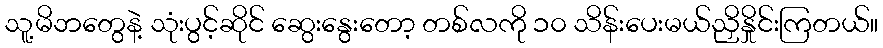
သူ့မိဘတွေနဲ့ သုံးပွင့်ဆိုင် ဆွေးနွေးတော့ တစ်လကို ၁၀ သိန်းပေးမယ်ညှိနှိုင်းကြတယ်။